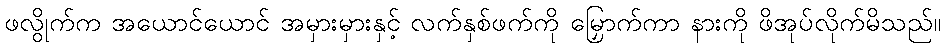
ဖလွိုက်က အယောင်ယောင် အမှားမှားနှင့် လက်နှစ်ဖက်ကို မြှောက်ကာ နားကို ဖိအုပ်လိုက်မိသည်။